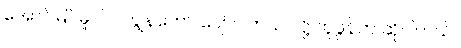
အောင်မြင်မှုပါပဲ၊ ကျွန်တော် ပျော်ပါတယ် လို့ ဘူဖွန်က ဆိုပါတယ်။